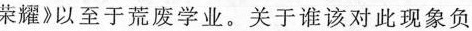
荣耀》以至于荒废学业。关于谁该对此现象负